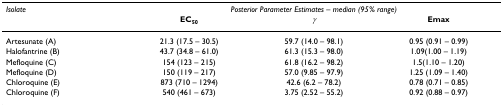
<table><thead><tr><td><b><i>Isolate</i></b></td><td colspan="3"><b><i>Posterior Parameter Estimates – median (95% range)</i></b></td></tr><tr><td></td><td><b>EC<sub>50</sub></b></td><td><b><i>γ</i></b></td><td><b>Emax</b></td></tr></thead><tbody><tr><td>Artesunate (A)</td><td>21.3 (17.5 – 30.5)</td><td>59.7 (14.0 – 98.1)</td><td>0.95 (0.91 – 0.99)</td></tr><tr><td>Halofantrine (B)</td><td>43.7 (34.8 – 61.0)</td><td>61.3 (15.3 – 98.0)</td><td>1.09(1.00 – 1.19)</td></tr><tr><td>Mefloquine (C)</td><td>154 (123 – 215)</td><td>61.8 (16.2 – 98.2)</td><td>1.5(1.10 – 1.20)</td></tr><tr><td>Mefloquine (D)</td><td>150 (119 – 217)</td><td>57.0 (9.85 – 97.9)</td><td>1.25 (1.09 – 1.40)</td></tr><tr><td>Chloroquine (E)</td><td>873 (710 – 1294)</td><td>42.6 (6.2 – 78.2)</td><td>0.78 (0.71 – 0.85)</td></tr><tr><td>Chloroquine (F)</td><td>540 (461 – 673)</td><td>3.75 (2.52 – 55.2)</td><td>0.92 (0.88 – 0.97)</td></tr></tbody></table>